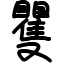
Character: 矍